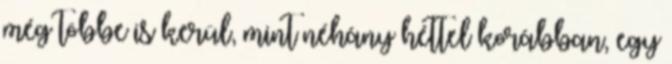
még többe is kerül, mint néhány héttel korábban, egy